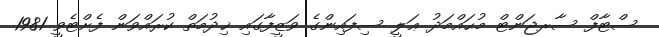
ސްޓާފް ސާރޖަންޓް މުޙައްމަދު ޢަލީ ސިފައިންގެ ވަޒީފާގައި ޚިދުމަތް ކުރައްވަން ފެށްޓެވީ 1981